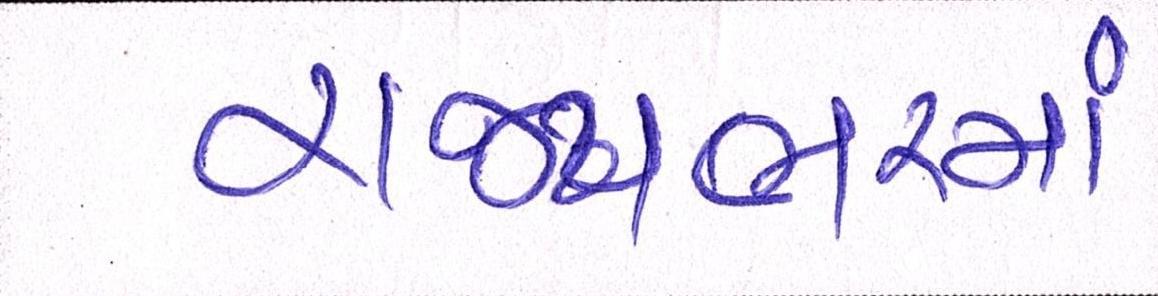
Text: રાજ્યભરમાં